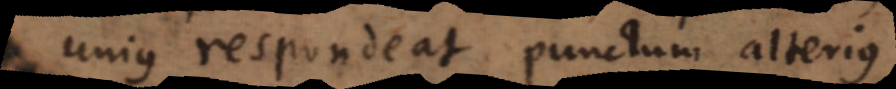
unius respondeat punctum alterius